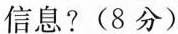
信息? (8分)